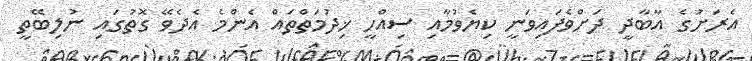
އެރަށުގެ އާބާދީ ދަށްވެފައިވަނީ ކިޔެވުމާއި ސިއްހީ ޚިދުމަތްތައް އެންމެ އެދެވޭ ގޮތުގައި ނުލިބޭތީ